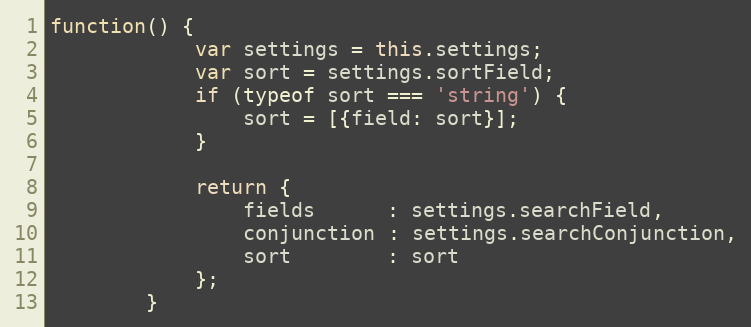
Language: JavaScript
function() {
			var settings = this.settings;
			var sort = settings.sortField;
			if (typeof sort === 'string') {
				sort = [{field: sort}];
			}

			return {
				fields      : settings.searchField,
				conjunction : settings.searchConjunction,
				sort        : sort
			};
		}